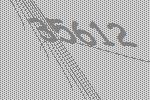
35612